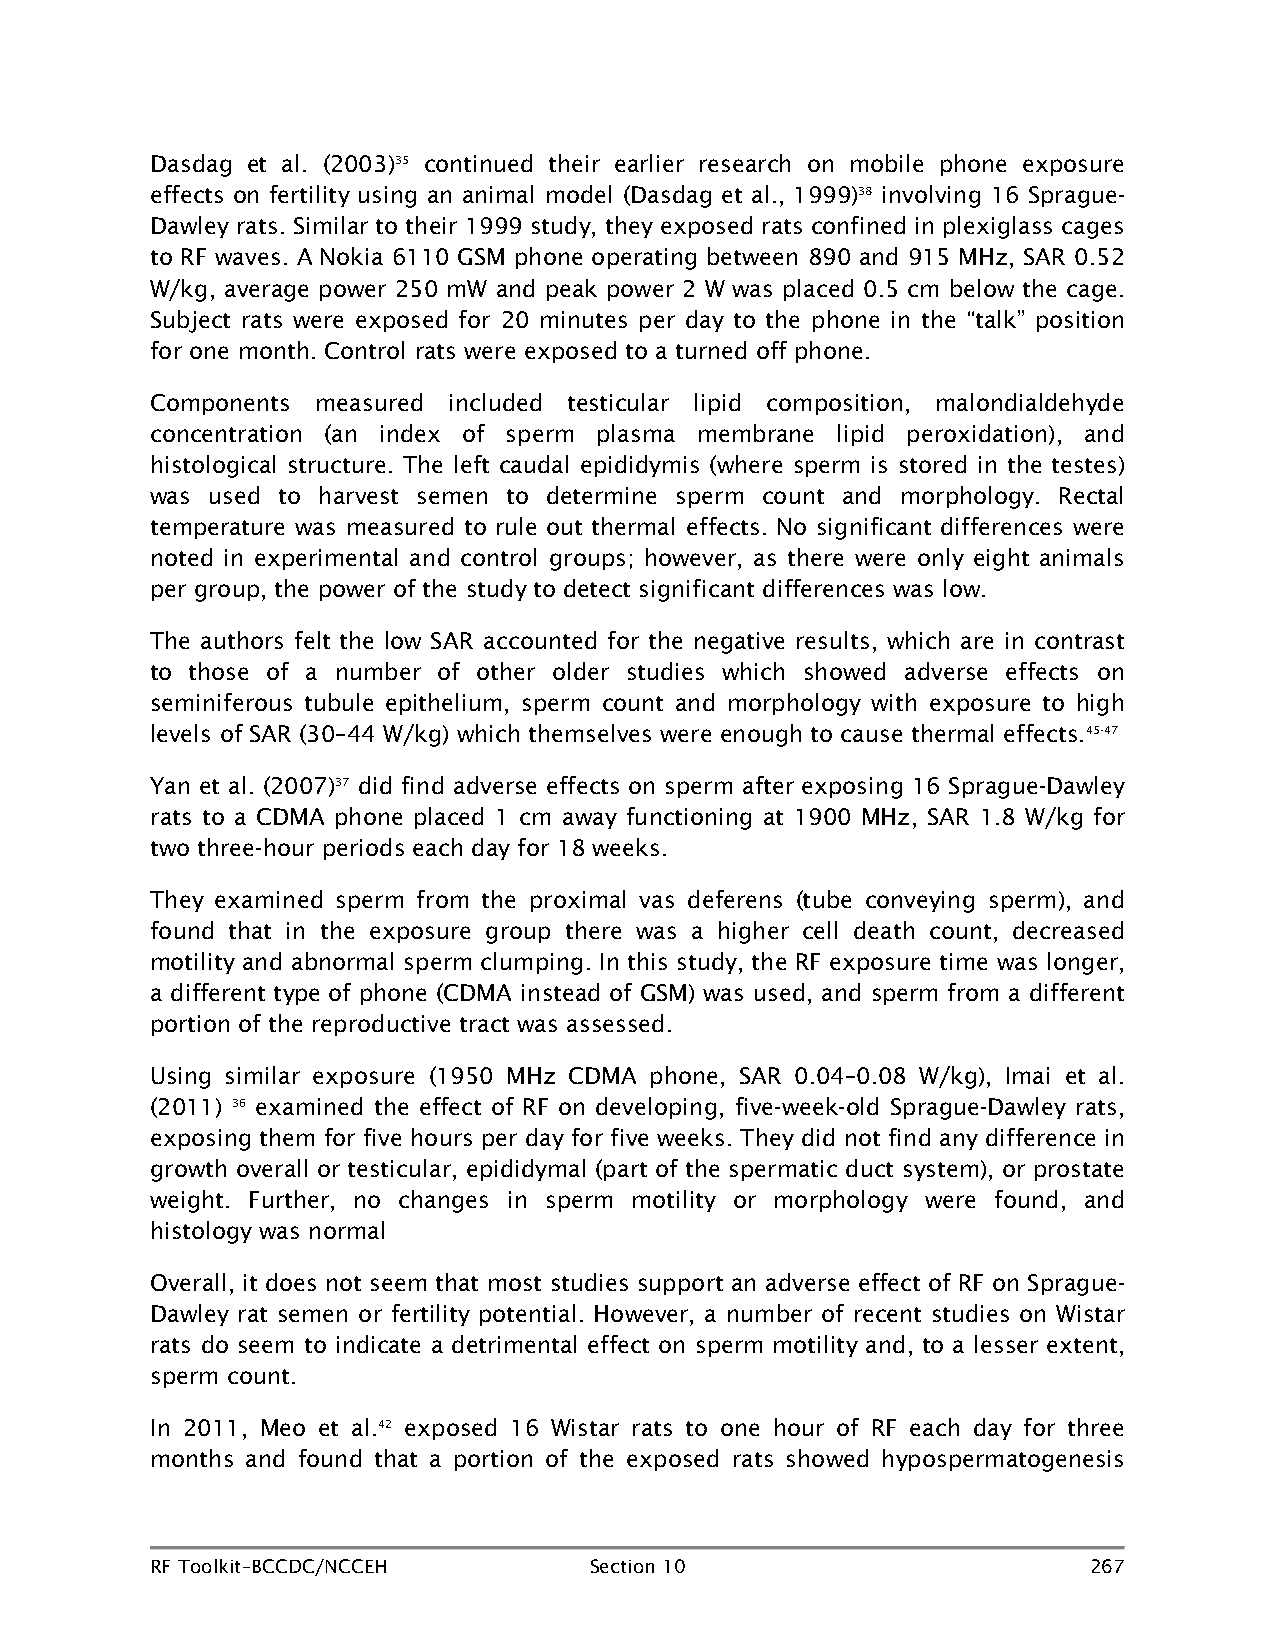
Dasdag et al. (2003)35 continued their earlier research on mobile phone exposure
 effects on fertility using an animal model (Dasdag et al., 1999)38 involving 16 Sprague-
 Dawley rats. Similar to their 1999 study, they exposed rats confined in plexiglass cages
 to RF waves. A Nokia 6110 GSM phone operating between 890 and 915 MHz, SAR 0.52
 W/kg, average power 250 mW and peak power 2 W was placed 0.5 cm below the cage.
 Subject rats were exposed for 20 minutes per day to the phone in the “talk” position
 for one month. Control rats were exposed to a turned off phone.
 Components measured included testicular lipid composition, malondialdehyde
 concentration (an index of sperm plasma membrane lipid peroxidation), and
 histological structure. The left caudal epididymis (where sperm is stored in the testes)
 was used to harvest semen to determine sperm count and morphology. Rectal
 temperature was measured to rule out thermal effects. No significant differences were
 noted in experimental and control groups; however, as there were only eight animals
 per group, the power of the study to detect significant differences was low.
 The authors felt the low SAR accounted for the negative results, which are in contrast
 to those of a number of other older studies which showed adverse effects on
 seminiferous tubule epithelium, sperm count and morphology with exposure to high
 levels of SAR (30–44 W/kg) which themselves were enough to cause thermal effects.45-47
 Yan et al. (2007)37 did find adverse effects on sperm after exposing 16 Sprague-Dawley
 rats to a CDMA phone placed 1 cm away functioning at 1900 MHz, SAR 1.8 W/kg for
 two three-hour periods each day for 18 weeks.
 They examined sperm from the proximal vas deferens (tube conveying sperm), and
 found that in the exposure group there was a higher cell death count, decreased
 motility and abnormal sperm clumping. In this study, the RF exposure time was longer,
 a different type of phone (CDMA instead of GSM) was used, and sperm from a different
 portion of the reproductive tract was assessed.
 Using similar exposure (1950 MHz CDMA phone, SAR 0.04–0.08 W/kg), Imai et al.
 (2011) 36 examined the effect of RF on developing, five-week-old Sprague-Dawley rats,
 exposing them for five hours per day for five weeks. They did not find any difference in
 growth overall or testicular, epididymal (part of the spermatic duct system), or prostate
 weight. Further, no changes in sperm motility or morphology were found, and
 histology was normal
 Overall, it does not seem that most studies support an adverse effect of RF on Sprague-
 Dawley rat semen or fertility potential. However, a number of recent studies on Wistar
 rats do seem to indicate a detrimental effect on sperm motility and, to a lesser extent,
 sperm count.
 In 2011, Meo et al.42 exposed 16 Wistar rats to one hour of RF each day for three
 months and found that a portion of the exposed rats showed hypospermatogenesis
 RF Toolkit–BCCDC/NCCEH       Section 10                       267